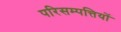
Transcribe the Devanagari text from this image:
परिसम्‍पत्तियों